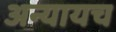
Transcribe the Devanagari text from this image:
अन्यायच